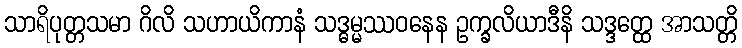
သာရိပုတ္တသမာ ဂိလိ သဟာယိကာနံ သဒ္ဓမ္မဿဝနေန ဥက္ခလိယာဒီနိ သဒ္ဒတ္ထေ အာသတ္တိ